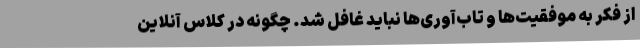
از فکر به موفقیت‌ها و تاب‌آوری‌ها نباید غافل شد. چگونه در کلاس آنلاین